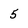
Character: 5